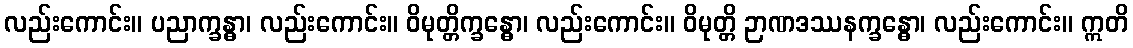
လည်းကောင်း။ ပညာက္ခန္ဓာ၊ လည်းကောင်း။ ဝိမုတ္တိက္ခန္ဓော၊ လည်းကောင်း။ ဝိမုတ္တိ ဉာဏဒဿနက္ခန္ဓော၊ လည်းကောင်း။ ဣတိ